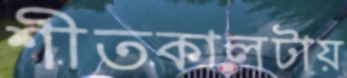
শীতকালটায়